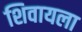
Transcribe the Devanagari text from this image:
शिवायला